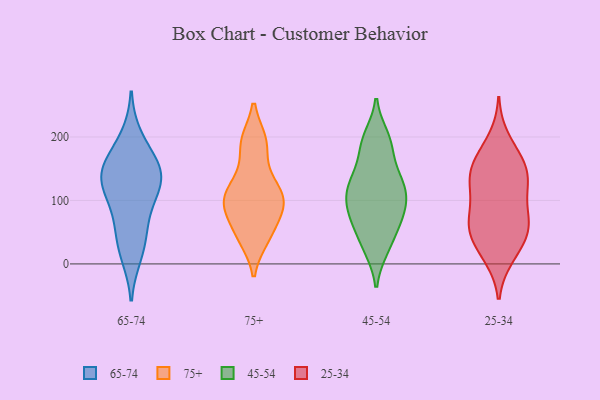
{"axis": {"x": "Bounce Rate (%)", "y": "Value"}, "legend": ["25-34", "45-54", "65-74", "75+"], "data": [{"x": "", "y": 34, "type": "65-74"}, {"x": "", "y": 62, "type": "65-74"}, {"x": "", "y": 131, "type": "65-74"}, {"x": "", "y": 16, "type": "65-74"}, {"x": "", "y": 93, "type": "65-74"}, {"x": "", "y": 157, "type": "65-74"}, {"x": "", "y": 198, "type": "65-74"}, {"x": "", "y": 122, "type": "65-74"}, {"x": "", "y": 151, "type": "65-74"}, {"x": "", "y": 152, "type": "65-74"}, {"x": "", "y": 128, "type": "65-74"}, {"x": "", "y": 40, "type": "75+"}, {"x": "", "y": 85, "type": "75+"}, {"x": "", "y": 141, "type": "75+"}, {"x": "", "y": 193, "type": "75+"}, {"x": "", "y": 103, "type": "75+"}, {"x": "", "y": 192, "type": "75+"}, {"x": "", "y": 111, "type": "75+"}, {"x": "", "y": 81, "type": "75+"}, {"x": "", "y": 107, "type": "75+"}, {"x": "", "y": 45, "type": "75+"}, {"x": "", "y": 144, "type": "45-54"}, {"x": "", "y": 188, "type": "45-54"}, {"x": "", "y": 104, "type": "45-54"}, {"x": "", "y": 58, "type": "45-54"}, {"x": "", "y": 81, "type": "45-54"}, {"x": "", "y": 28, "type": "45-54"}, {"x": "", "y": 109, "type": "45-54"}, {"x": "", "y": 199, "type": "45-54"}, {"x": "", "y": 187, "type": "45-54"}, {"x": "", "y": 74, "type": "45-54"}, {"x": "", "y": 133, "type": "45-54"}, {"x": "", "y": 25, "type": "45-54"}, {"x": "", "y": 76, "type": "45-54"}, {"x": "", "y": 125, "type": "45-54"}, {"x": "", "y": 116, "type": "45-54"}, {"x": "", "y": 169, "type": "25-34"}, {"x": "", "y": 133, "type": "25-34"}, {"x": "", "y": 91, "type": "25-34"}, {"x": "", "y": 60, "type": "25-34"}, {"x": "", "y": 102, "type": "25-34"}, {"x": "", "y": 70, "type": "25-34"}, {"x": "", "y": 167, "type": "25-34"}, {"x": "", "y": 161, "type": "25-34"}, {"x": "", "y": 10, "type": "25-34"}, {"x": "", "y": 137, "type": "25-34"}, {"x": "", "y": 49, "type": "25-34"}, {"x": "", "y": 33, "type": "25-34"}, {"x": "", "y": 138, "type": "25-34"}, {"x": "", "y": 53, "type": "25-34"}, {"x": "", "y": 11, "type": "25-34"}, {"x": "", "y": 120, "type": "25-34"}, {"x": "", "y": 69, "type": "25-34"}, {"x": "", "y": 137, "type": "25-34"}, {"x": "", "y": 198, "type": "25-34"}, {"x": "", "y": 52, "type": "25-34"}]}